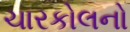
ચારકોલનો